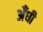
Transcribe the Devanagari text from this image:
अँधी